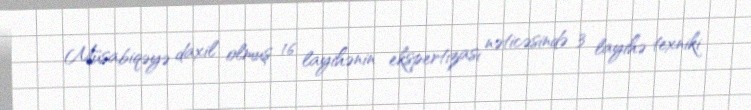
Müsabiqəyə daxil olmuş 16 layihənin ekspertizası nəticəsində 3 layihə texniki